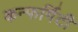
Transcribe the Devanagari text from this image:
कन्फर्मिटी